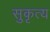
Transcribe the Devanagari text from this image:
सुकृत्य